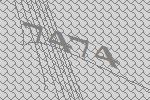
7474